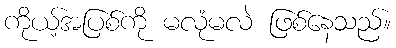
ကိုယ့်အပြစ်ကို မလုံမလဲ ဖြစ်နေသည်။